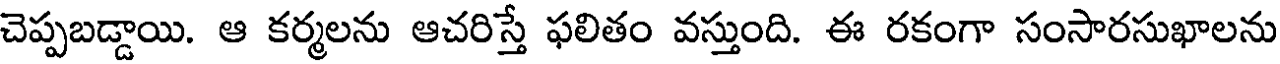
చెప్పబడ్డాయి. ఆ కర్మలను ఆచరిస్తే ఫలితం వస్తుంది. ఈ రకంగా సంసారసుఖాలను